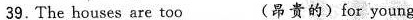
39.The houses are too___(昂贵的)for young